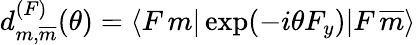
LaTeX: \begin{array}{r}{d_{m,\overline{{m}}}^{(F)}(\theta)=\langle F\, m|\exp(-i\theta F_{y})|F\, \overline{{m}}\rangle}\end{array}